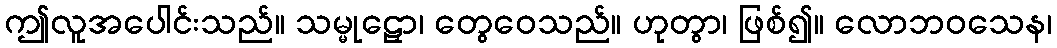
ဤလူအပေါင်းသည်။ သမ္မုဠှော၊ တွေဝေသည်။ ဟုတွာ၊ ဖြစ်၍။ လောဘဝသေန၊